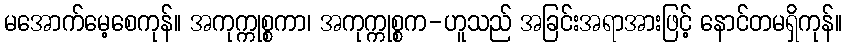
မအောက်မေ့စေကုန်။ အကုက္ကုစ္စကာ၊ အကုက္ကုစ္စက-ဟူသည် အခြင်းအရာအားဖြင့် နောင်တမရှိကုန်။